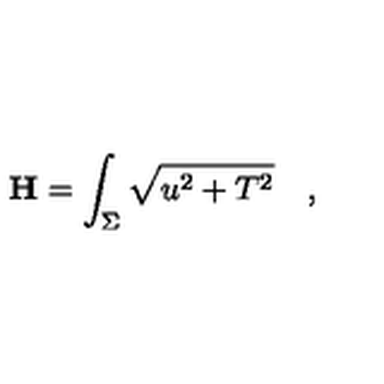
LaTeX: { \bf H } = \int _ { \Sigma } \sqrt { u ^ { 2 } + T ^ { 2 } } \quad ,